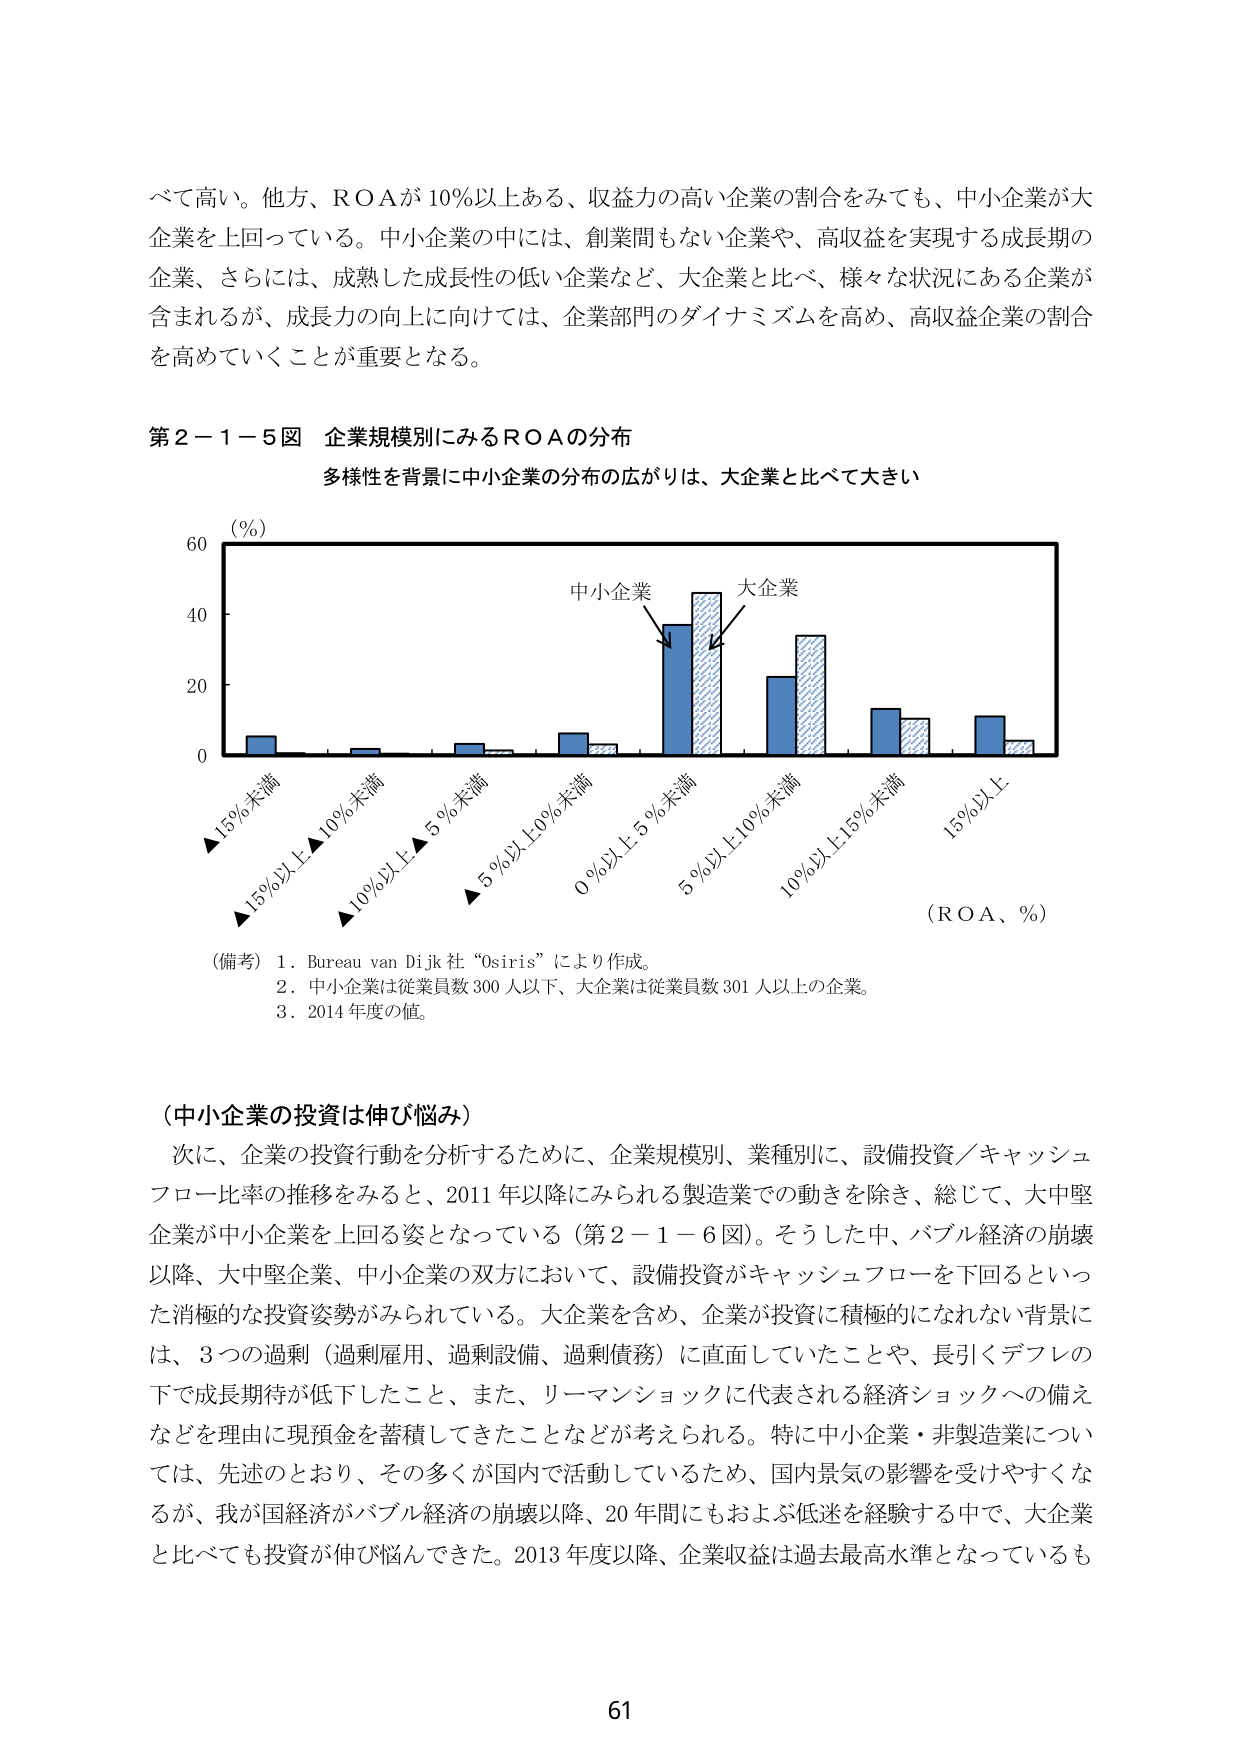
べて高い。他方、ＲＯＡが10％以上ある、収益力の高い企業の割合をみても、中小企業が大企業を上回っている。中小企業の中には、創業間もない企業や、高収益を実現する成長期の企業、さらには、成熟した成長性の低い企業など、大企業と比べ、様々な状況にある企業が含まれるが、成長力の向上に向けては、企業部門のダイナミズムを高め、高収益企業の割合を高めていくことが重要となる。

第２－１－５図 企業規模別にみるＲＯＡの分布
多様性を背景に中小企業の分布の広がりは、大企業と比べて大きい

（％）
60
40
20
0
▲15％未満
▲15％以上▲10％未満
▲10％以上▲5％未満
▲5％以上0％未満
0％以上5％未満
5％以上10％未満
10％以上15％未満
15％以上
（ＲＯＡ、％）

（備考）1．Bureau van Dijk社“Osiris”により作成。
2．中小企業は従業員数300人以下、大企業は従業員数301人以上の企業。
3．2014年度の値。

（中小企業の投資は伸び悩み）
次に、企業の投資行動を分析するために、企業規模別、業種別に、設備投資／キャッシュフロー比率の推移をみると、2011年以降にみられる製造業での動きを除き、総じて、大中堅企業が中小企業を上回る姿となっている（第２－１－６図）。そうした中、バブル経済の崩壊以降、大中堅企業、中小企業の双方において、設備投資がキャッシュフローを下回るといった消極的な投資姿勢がみられている。大企業を含め、企業が投資に積極的になれない背景には、3つの過剰（過剰雇用、過剰設備、過剰債務）に直面していたことや、長引くデフレの下で成長期待が低下したこと、また、リーマンショックに代表される経済ショックへの備えなどを理由に現預金を蓄積してきたことなどが考えられる。特に中小企業・非製造業については、先述のとおり、その多くが国内で活動しているため、国内景気の影響を受けやすくなるが、我が国経済がバブル経済の崩壊以降、20年間にもおよぶ低迷を経験する中で、大企業と比べても投資が伸び悩んできた。2013年度以降、企業収益は過去最高水準となっているも

61